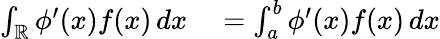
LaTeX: \begin{array}{rl}{\int_{\mathbb{R}}\phi^{\prime}(x)f(x)\, dx}&{{}=\int_{a}^{b}\phi^{\prime}(x)f(x)\, dx}\end{array}